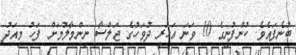
ބުނެފައެވެ. ކުންފުނީގެ 10 ވަނަ އަހަރީ ދުވަހުގެ ޖަލްސާ ނިންމާލުމަށް ފަހު މިއަދު